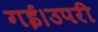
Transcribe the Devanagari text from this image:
गई।उपरी